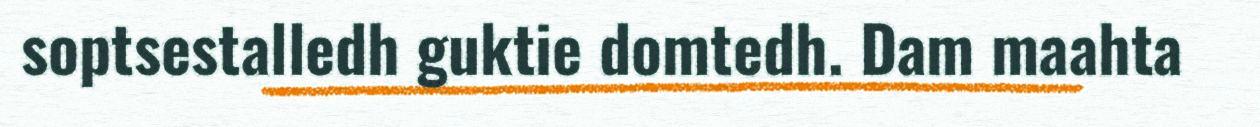
soptsestalledh guktie domtedh. Dam maahta